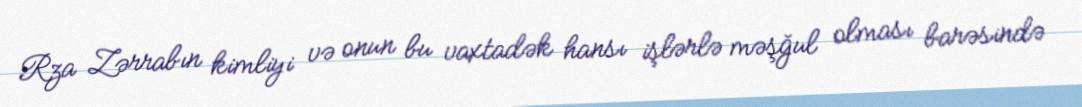
Rza Zərrabın kimliyi və onun bu vaxtadək hansı işlərlə məşğul olması barəsində